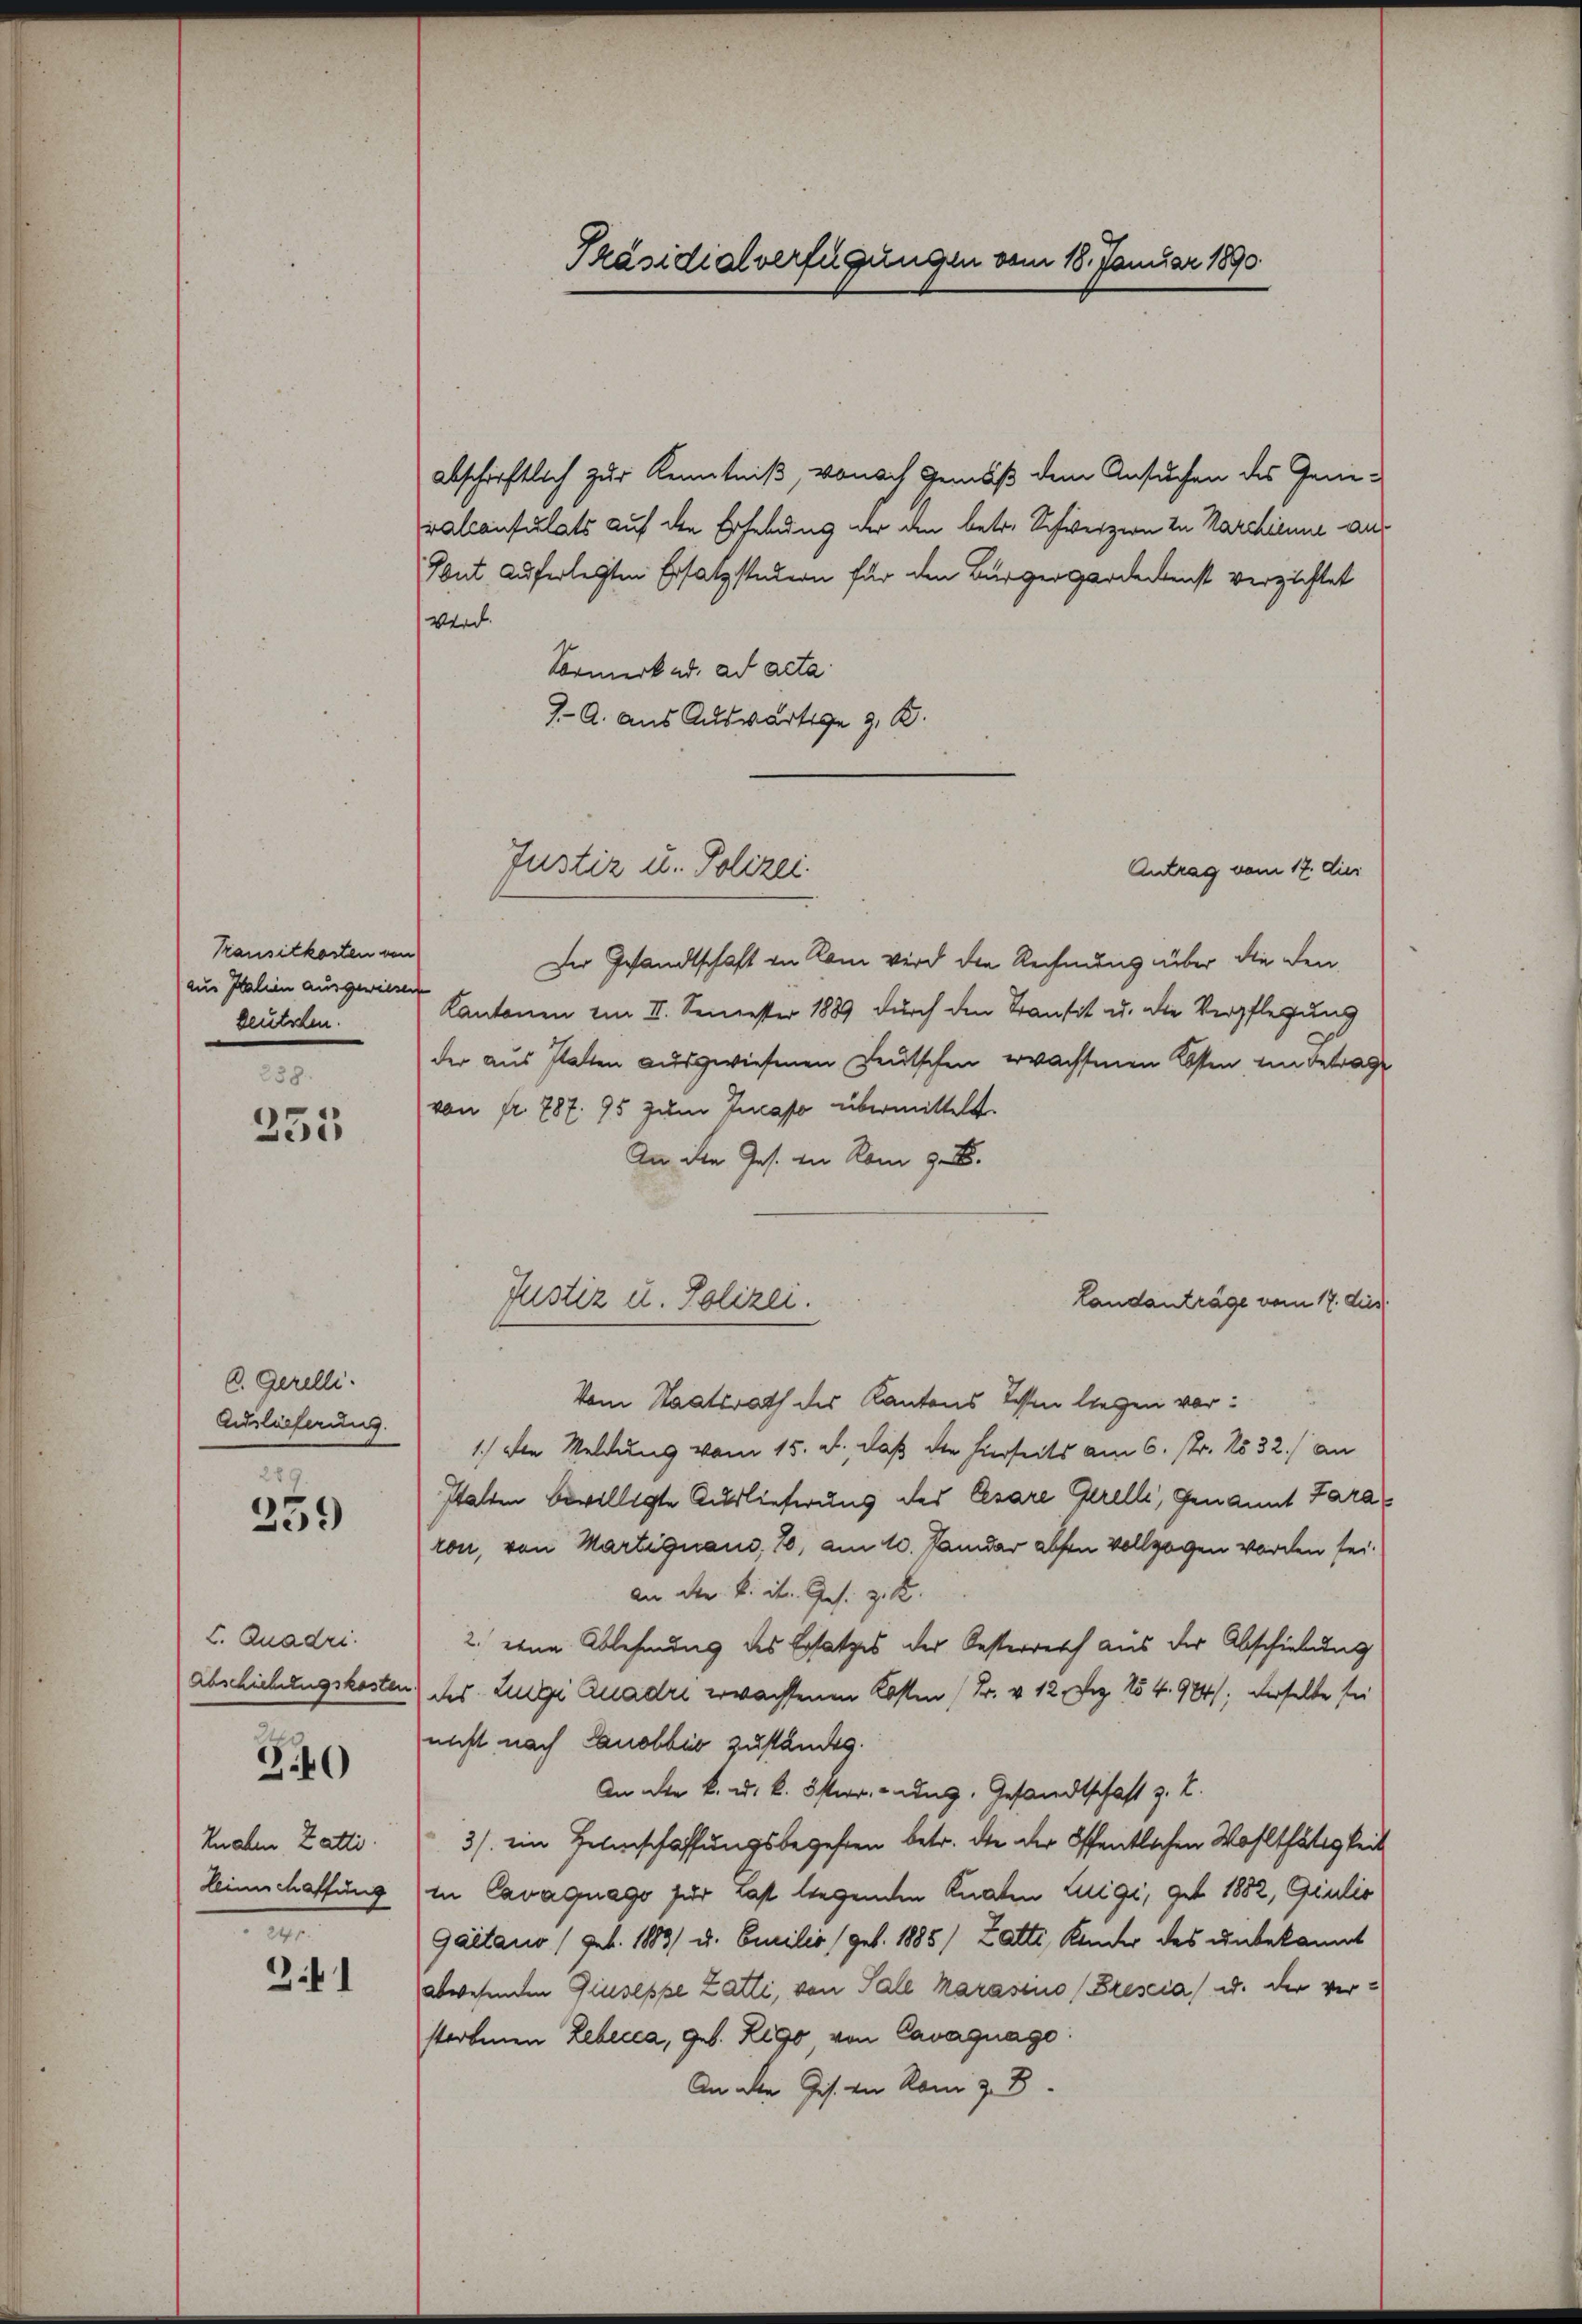
Kansilkosten von
aus Italien ausgewiesen
deutschen.

238.
255

C. Gerelli.
Auslieferung.

1)

I. Quadri.
Abschiebungskosten

3.40

Knaben Zatti
Leinschaffung

m
21

abschriftlich zur Kenntniß, wonach Gemäß dem Ansuchen des Generalconsulats auf den Erhebung der den betr. Schweizern zu Marchienne aus
Tout auferlegten Ersatzstatern für den Bürgergardeckenst verzichtet
Werd
Vormerk ad. ad acta
J. A. aus Auswärtige z. B.
Antrag vom 17. dies
Der Gesandtschaft in Rom wird die Rechnung über die den¬
Kantonen im II. Semester 1889 durch den Transit u. die Verpflegung
der aus statten ausgewiesenen Leutschen erwachsenen Kosten in Betrage
von fr. 787. 95 zum Incaso übermittelt.
An die Jes. in Rom 9.
Justiz u. Polizei.
Landanträge vom 17. dies
Vom Staatsrath des Kantons dessen liegen vor¬
1.) Der Meldung vom 15. d. daß die hierseits am 6. Nr. 1532.) an
stalten bewilligte Auslieferung des Cesare Gerelli, genannt Para
ron, von Martignano, 70, am 10. Janidar absen vollzogen worden sei.
an der k. St. Ges. z. B.
2. eine Ablehnung des Ersatzes der Oesterreich aus der Abschiebung
des Zuge Quadre erwachsenen Kosten (Fr. v. 12. Dez. 154. 974), derselbe sei
nicht nach Lanobbis zuständig.
An der k. u. k. österr. ung. Gesandtschaft z. B.
3/. ein Zelinschaffungsbegehren betr. die der öffentlichen Wohlthätigkeit
in Cavaquago für Last liegenden Knaten Luigi, gut 1882, Giulio
Gaetano (geb. 1883) u. Emilie (geb. 1885) Zatte, Kinder des unbekannt
abwesenden Giuseppe Zatti, von Fall karasino (Brescia u. der verstorbenen Lebecca, geb. Rego, von Cavagnago:
An der Jos. von Rom 3. 8

Präsidialverfügungen vom 18. Januar 1890

Justiz u. Polizei.